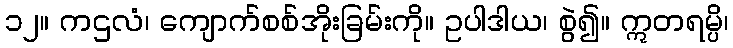
၁၂။ ကဌလံ၊ ကျောက်စစ်အိုးခြမ်းကို။ ဥပါဒါယ၊ စွဲ၍။ ဣတရမ္ပိ၊